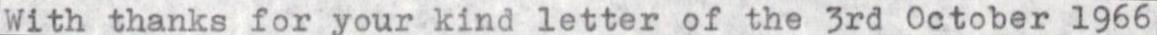
With thanks for your kind letter of the 3rd October 1966